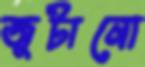
জুটানো